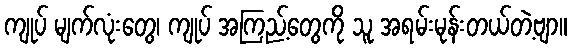
ကျုပ် မျက်လုံးတွေ၊ ကျုပ် အကြည့်တွေကို သူ အရမ်းမုန်းတယ်တဲ့ဗျာ။